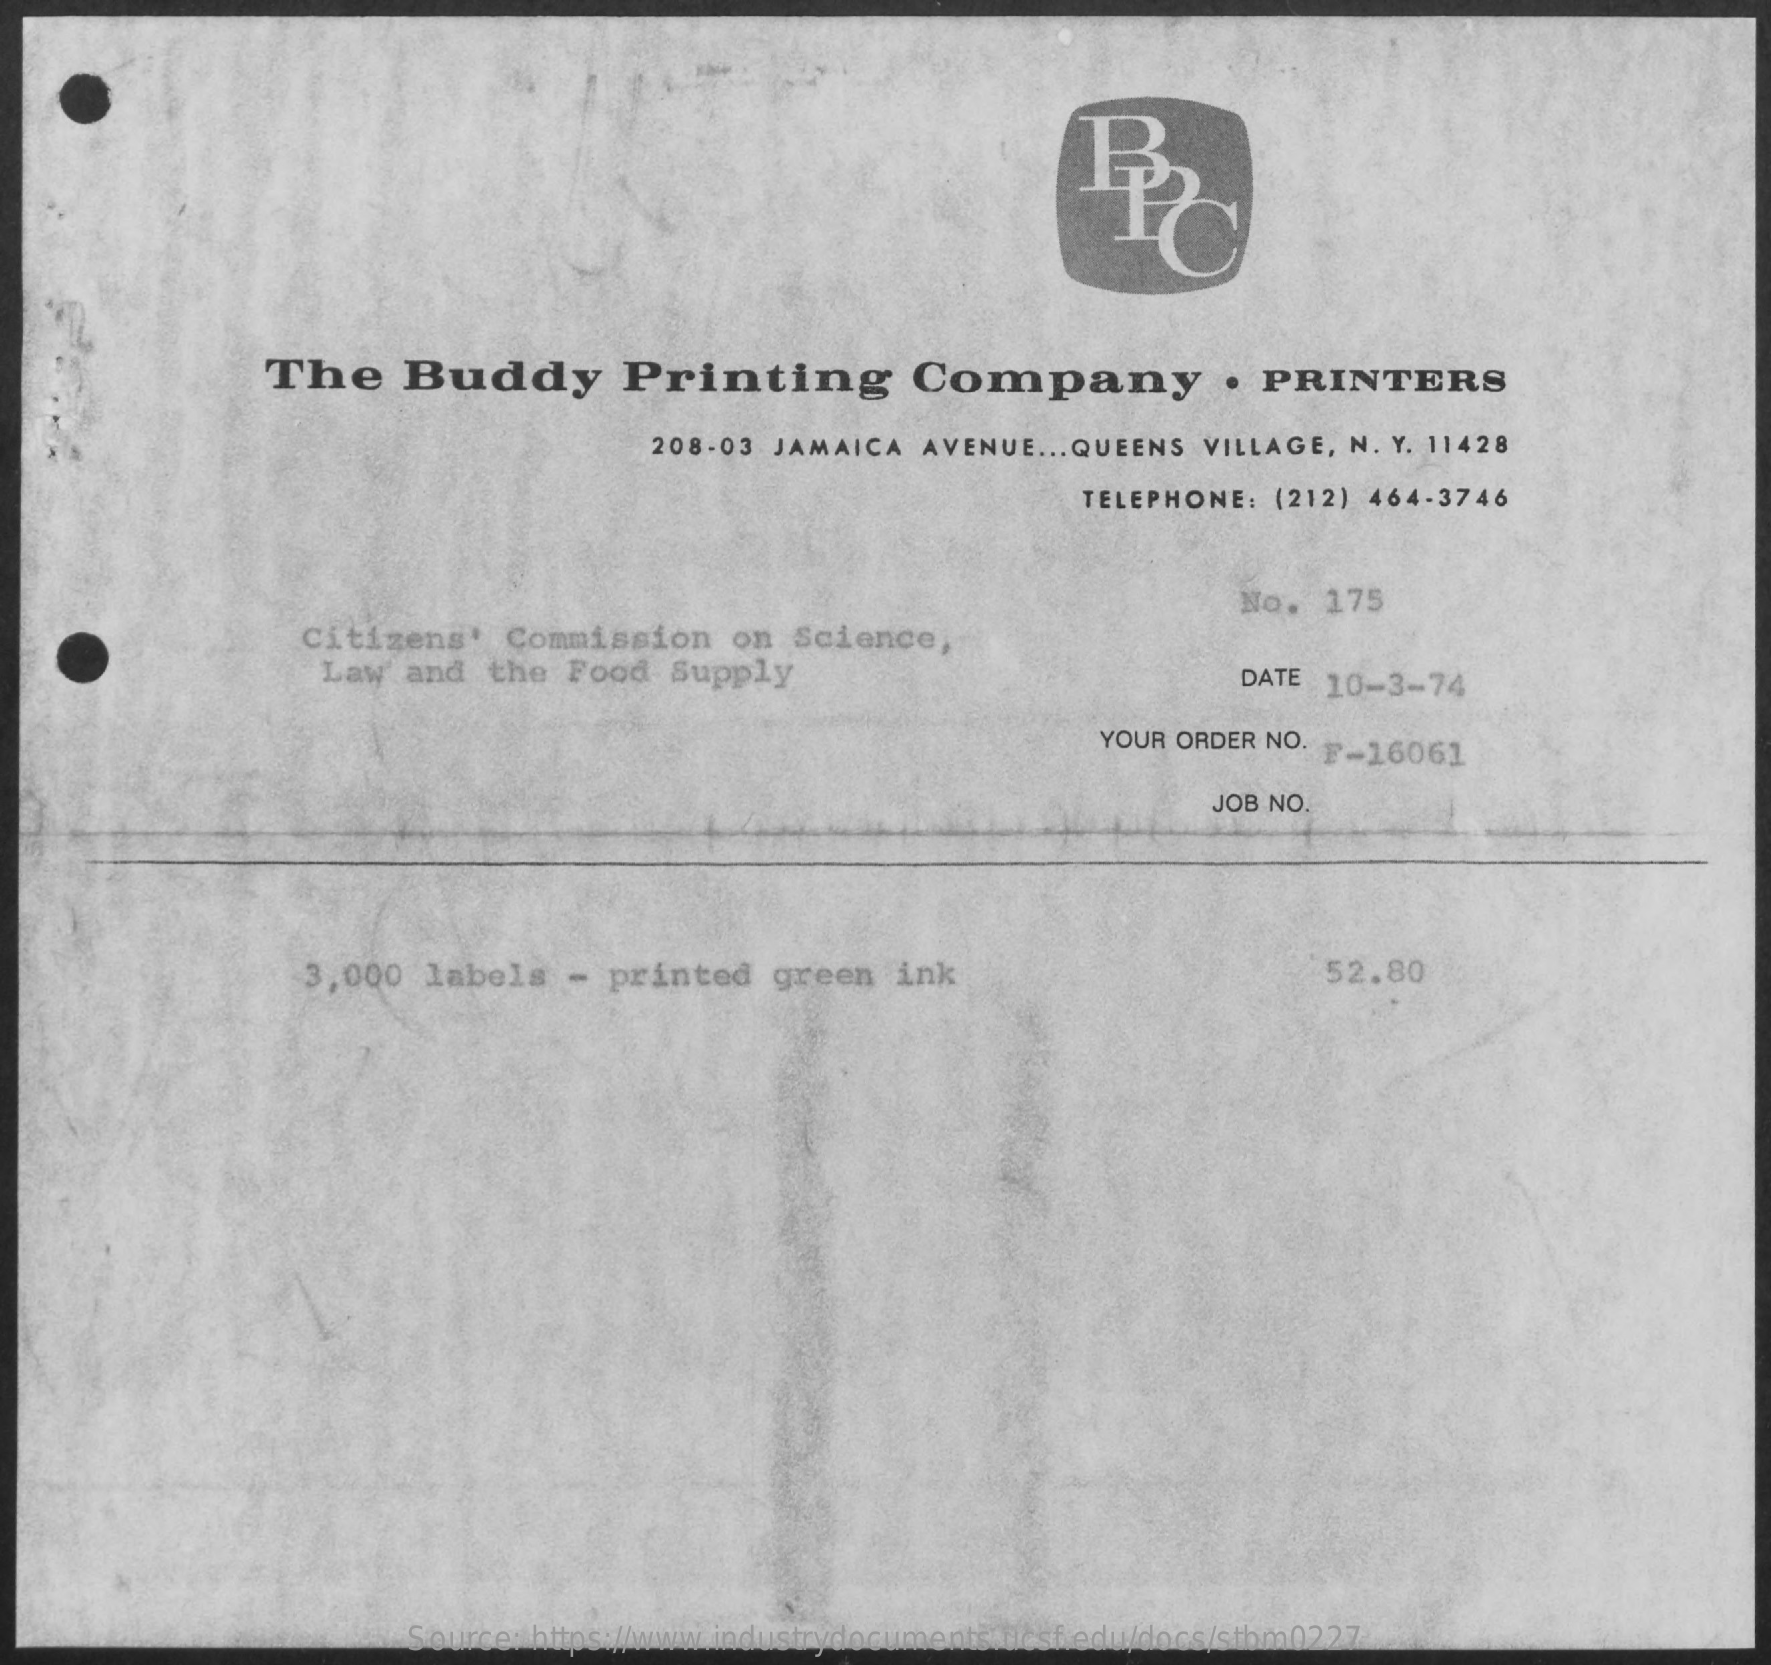
The    Buddy    Printing    Company    . PRINTERS
     208-03 JAMAICA  AVENUE ... QUEENS VILLAGE, N. Y. 11428
     TELEPHONE:  (212) 464-3746
     Citizens'   Commission    on  Science,
     No.  175
     Law  and  the  Food   Supply    DATE 10-3-74
     YOUR ORDER NO. F-16061
     JOB NO.
     3,000  labels   -  printed   green   ink    52.80
     Source: https://www.industrydocuments.ucsf.edu/docs/stbm0227